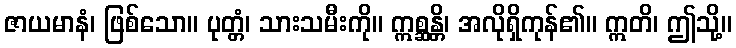
ဇာယမာနံ၊ ဖြစ်သော။ ပုတ္တံ၊ သားသမီးကို။ ဣစ္ဆန္တိ၊ အလိုရှိကုန်၏။ ဣတိ၊ ဤသို့။